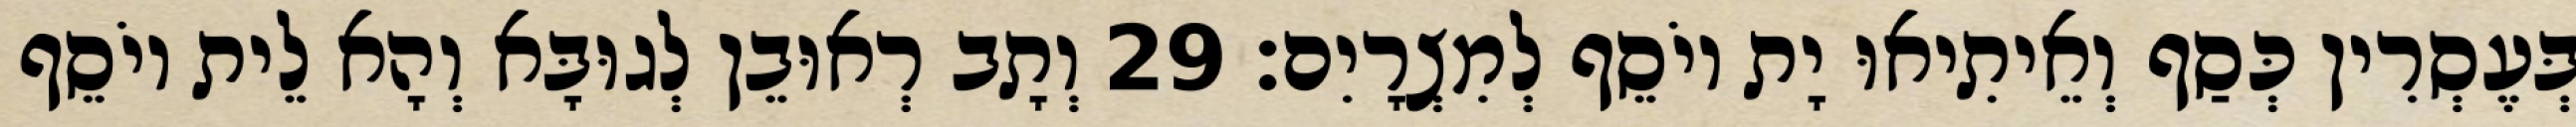
בְּעֶסְרִין כְּסַף וְאֵיתִיאוּ יָת יוֹסֵף לְמִצְרָיִם׃ 29 וְתָב רְאוּבֵן לְגוּבָּא וְהָא לֵית יוֹסֵף